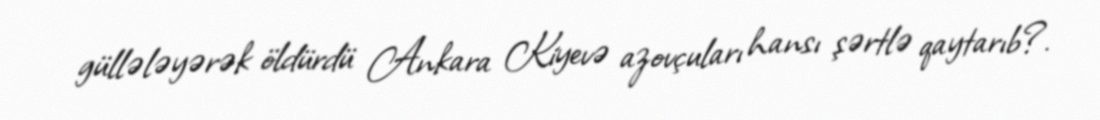
güllələyərək öldürdü Ankara Kiyevə azovçuları hansı şərtlə qaytarıb?.